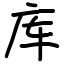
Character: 库